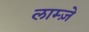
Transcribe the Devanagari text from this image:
लाम्ज़े